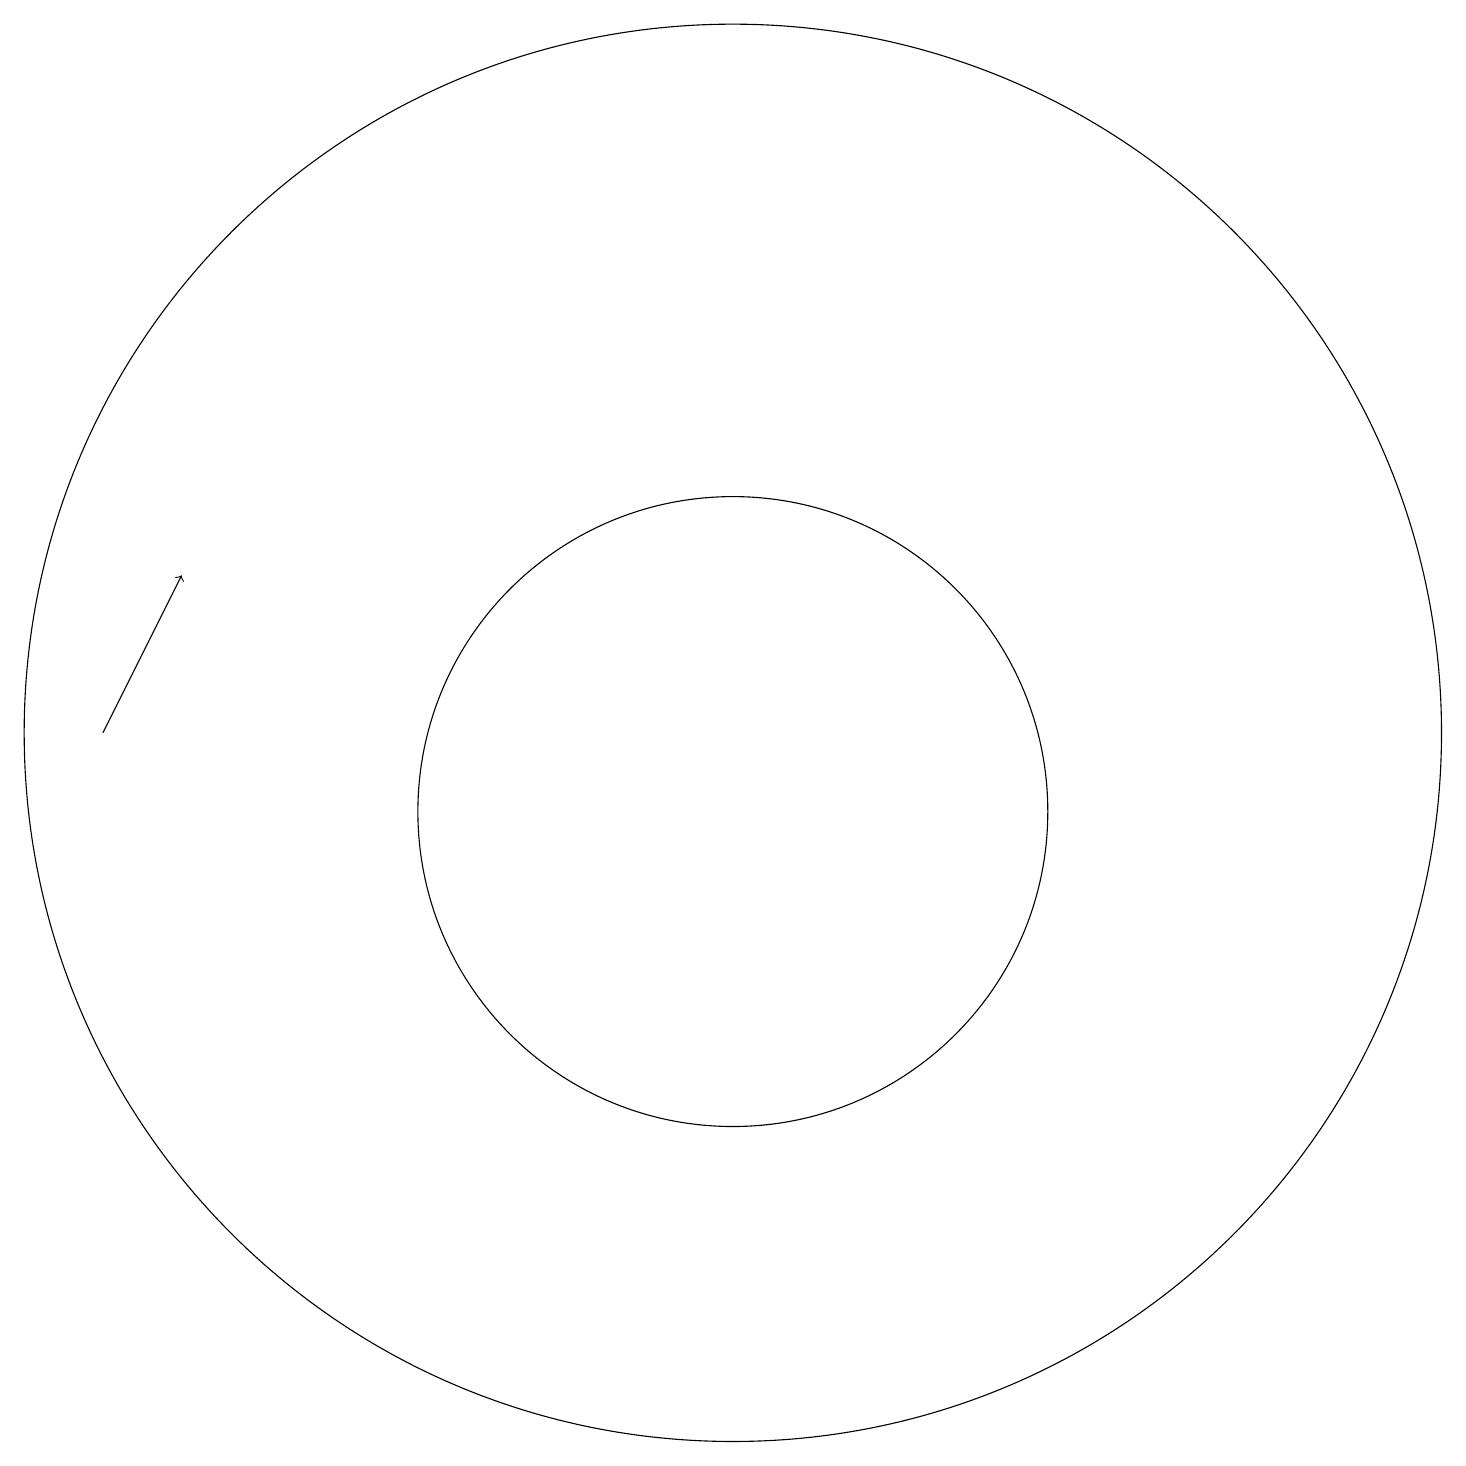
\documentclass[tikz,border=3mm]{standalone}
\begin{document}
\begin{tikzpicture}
\draw (12,10) circle (4);
\draw (12,11) circle (9);
\draw[->] (4,11) -- (5,13);
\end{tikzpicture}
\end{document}